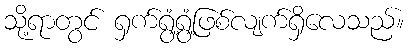
သို့ရာတွင် ရှက်ရွံ့ရွံ့ဖြစ်လျက်ရှိလေသည်။